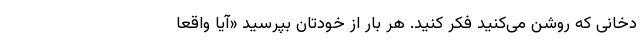
دخانی که روشن می‌کنید فکر کنید. هر بار از خودتان بپرسید «آیا واقعا